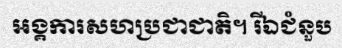
អង្គការសហប្រជាជាតិ។ រីឯជំនួប